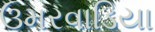
ઉમરવાડિયા